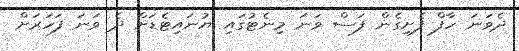
ދެވަނަ ހާފް ފެށިގެން ފަސް ވަނަ މިނެޓުގައި ޔުނައިޓެޑަށް ދެ ވަނަ ފަހަރަށް